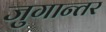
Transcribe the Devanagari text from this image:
जुगान्तर